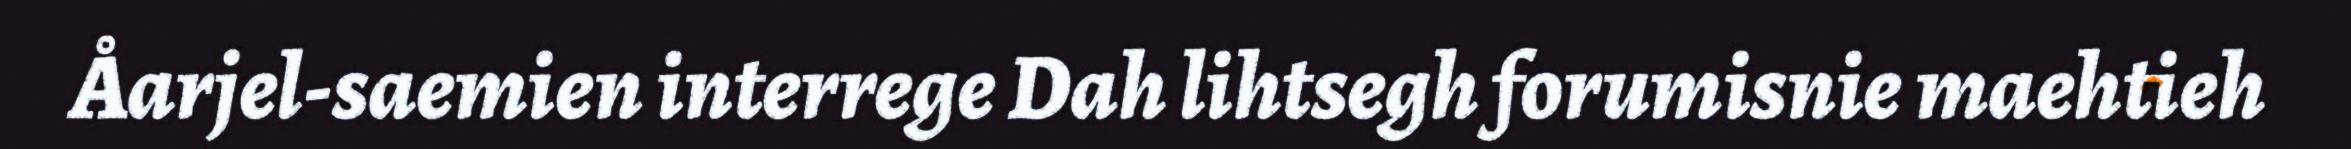
Åarjel-saemien interrege Dah lihtsegh forumisnie maehtieh